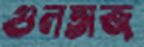
গুলতাজ